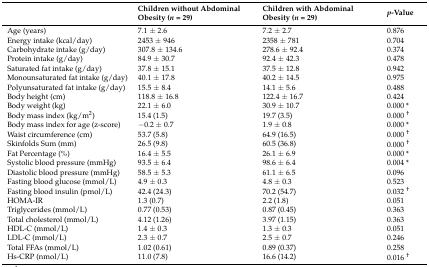
<table><thead><tr><td></td><td><b>Children without Abdominal Obesity (<i>n</i> = 29)</b></td><td><b>Children with Abdominal Obesity (<i>n</i> = 29)</b></td><td><b><i>p</i>-Value</b></td></tr></thead><tbody><tr><td>Age (years)</td><td>7.1 ± 2.6</td><td>7.2 ± 2.7</td><td>0.876</td></tr><tr><td>Energy intake (kcal/day)</td><td>2453 ± 946</td><td>2358 ± 781</td><td>0.704</td></tr><tr><td>Carbohydrate intake (g/day)</td><td>307.8 ± 134.6</td><td>278.6 ± 92.4</td><td>0.374</td></tr><tr><td>Protein intake (g/day)</td><td>84.9 ± 30.7</td><td>92.4 ± 42.3</td><td>0.478</td></tr><tr><td>Saturated fat intake (g/day)</td><td>37.8 ± 15.1</td><td>37.5 ± 12.8</td><td>0.942</td></tr><tr><td>Monounsaturated fat intake (g/day)</td><td>40.1 ± 17.8</td><td>40.2 ± 14.5</td><td>0.975</td></tr><tr><td>Polyunsaturated fat intake (g/day)</td><td>15.5 ± 8.4</td><td>14.1 ± 5.6</td><td>0.488</td></tr><tr><td>Body height (cm)</td><td>118.8 ± 16.8</td><td>122.4 ± 16.7</td><td>0.424</td></tr><tr><td>Body weight (kg)</td><td>22.1 ± 6.0</td><td>30.9 ± 10.7</td><td>0.000 *</td></tr><tr><td>Body mass index (kg/m<sup>2</sup>)</td><td>15.4 (1.5)</td><td>19.7 (3.5)</td><td>0.000 <sup>†</sup></td></tr><tr><td>Body mass index for age (z-score)</td><td>−0.2 ± 0.7</td><td>1.9 ± 0.8</td><td>0.000*</td></tr><tr><td>Waist circumference (cm)</td><td>53.7 (5.8)</td><td>64.9 (16.5)</td><td>0.000 <sup>†</sup></td></tr><tr><td>Skinfolds Sum (mm)</td><td>26.5 (9.8)</td><td>60.5 (36.8)</td><td>0.000 <sup>†</sup></td></tr><tr><td>Fat Percentage (%)</td><td>16.4 ± 5.5</td><td>26.1 ± 6.9</td><td>0.000 *</td></tr><tr><td>Systolic blood pressure (mmHg)</td><td>93.5 ± 6.4</td><td>98.6 ± 6.4</td><td>0.004 *</td></tr><tr><td>Diastolic blood pressure (mmHg)</td><td>58.5 ± 5.3</td><td>61.1 ± 6.5</td><td>0.096</td></tr><tr><td>Fasting blood glucose (mmol/L)</td><td>4.9 ± 0.3</td><td>4.8 ± 0.3</td><td>0.523</td></tr><tr><td>Fasting blood insulin (pmol/L)</td><td>42.4 (24.3)</td><td>70.2 (54.7)</td><td>0.032 <sup>†</sup></td></tr><tr><td>HOMA-IR</td><td>1.3 (0.7)</td><td>2.2 (1.8)</td><td>0.051</td></tr><tr><td>Triglycerides (mmol/L)</td><td>0.77 (0.53)</td><td>0.87 (0.45)</td><td>0.363</td></tr><tr><td>Total cholesterol (mmol/L)</td><td>4.12 (1.26)</td><td>3.97 (1.15)</td><td>0.363</td></tr><tr><td>HDL-C (mmol/L)</td><td>1.4 ± 0.3</td><td>1.3 ± 0.3</td><td>0.051</td></tr><tr><td>LDL-C (mmol/L)</td><td>2.3 ± 0.7</td><td>2.5 ± 0.7</td><td>0.246</td></tr><tr><td>Total FFAs (mmol/L)</td><td>1.02 (0.61)</td><td>0.89 (0.37)</td><td>0.258</td></tr><tr><td>Hs-CRP (nmol/L)</td><td>11.0 (7.8)</td><td>16.6 (14.2)</td><td>0.016 <sup>†</sup></td></tr></tbody></table>